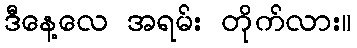
ဒီနေ့လေ အရမ်း တိုက်လား။